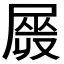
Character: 𡲯